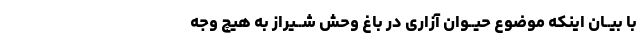
با بیــان اینکه موضوع حیــوان آزارى در باغ وحش شــیراز به هیچ وجه